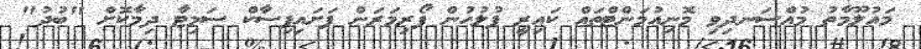
މައުލޫމާތު މުއްސަނދިވި މޮނިއުމަންޓްތައް ކައިރީ ފުލުހުން ފޯރިމަރަން ފަށައިފިސާކް ސަމިޓާ ދިމާކޮށް "ބުދު"